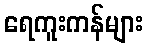
ရေကူးကန်များ